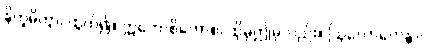
နိက္ခမိတွာ၊ ထွက်၍။ ဣတောစိတောစ၊ ထိုမှဤမှလည်း။ ဩလောကေန္တာ၊